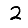
Digit: 2